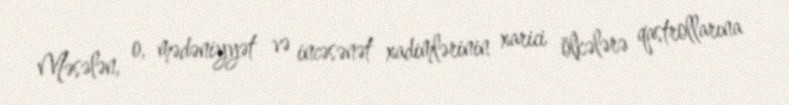
Məsələn, o, mədəniyyət və incəsənət xadimlərinin xarici ölkələrə qastrollarına